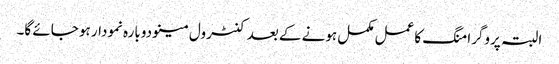
البتہ پروگرامنگ کا عمل مکمل ہونے کے بعد کنٹرول مینو دوبارہ نمودار ہو جائے گا۔